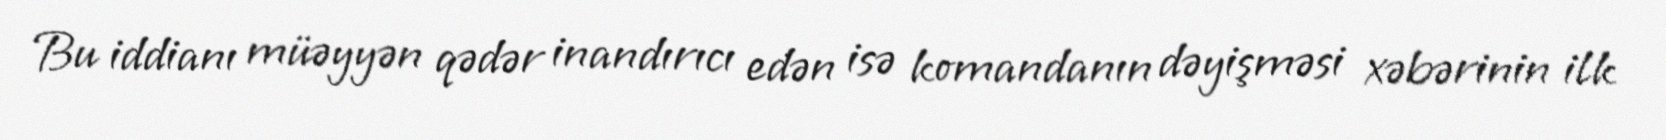
Bu iddianı müəyyən qədər inandırıcı edən isə komandanın dəyişməsi xəbərinin ilk